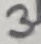
Text: 3